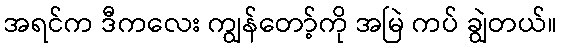
အရင်က ဒီကလေး ကျွန်တော့်ကို အမြဲ ကပ် ချွဲတယ်။